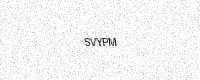
Text: SVYPM